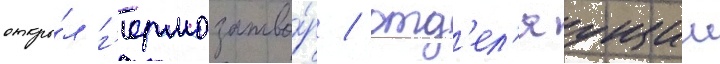
откры́л г'ермозатво́р / отд'ел'яущии